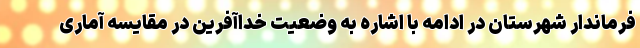
فرماندار شهرستان در ادامه با اشاره به وضعیت خداآفرین در مقایسه آماری